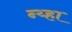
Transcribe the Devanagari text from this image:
न्य्हा